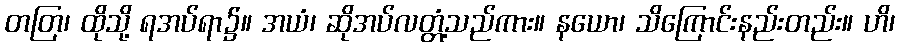
တတြ၊ ထိုသို့ ရအပ်ရာ၌။ အယံ၊ ဆိုအပ်လတ္တံ့သည်ကား။ နယော၊ သိကြောင်းနည်းတည်း။ ဟိ၊